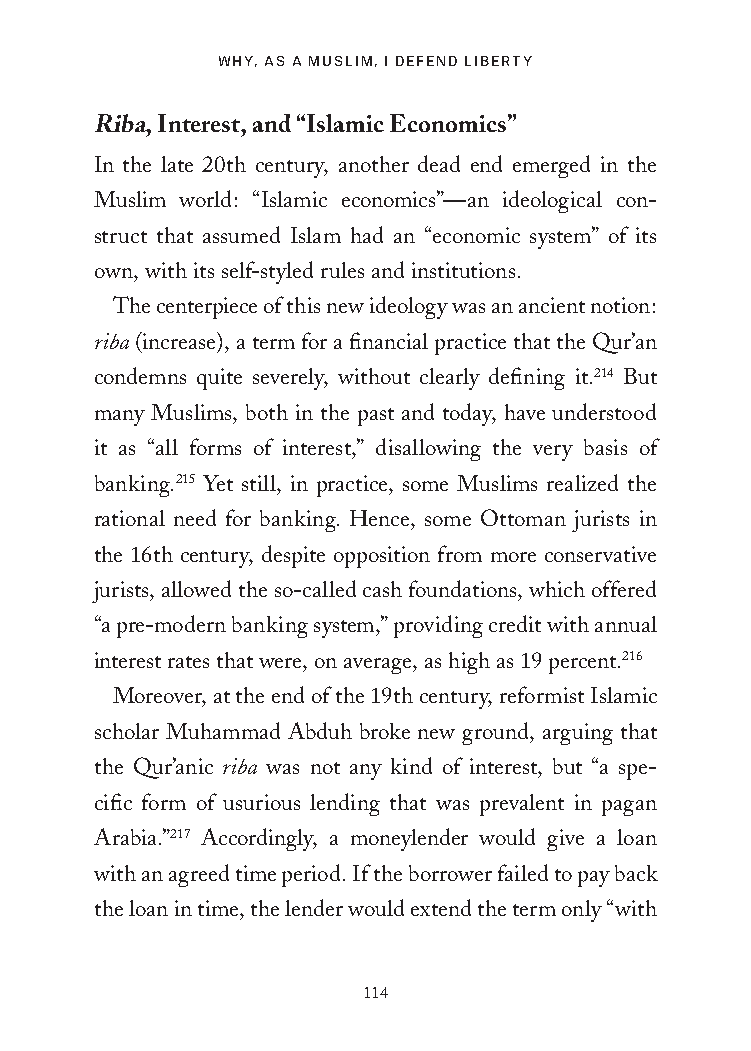
WHY, AS A MUSLIM, I DEFEND LIBERTY
 Riba, Interest, and “Islamic Economics”
 In the late 20th century, another dead end emerged in the
 Muslim world: “Islamic economics”—an ideological con-
 struct that assumed Islam had an “economic system” of its
 own, with its self-styled rules and institutions.
 The centerpiece of this new ideology was an ancient notion:
 riba (increase), a term for a financial practice that the Qur’an
 condemns quite severely, without clearly defining it.214 But
 many Muslims, both in the past and today, have understood
 it as “all forms of interest,” disallowing the very basis of
 banking.215 Yet still, in practice, some Muslims realized the
 rational need for banking. Hence, some Ottoman jurists in
 the 16th century, despite opposition from more conservative
 jurists, allowed the so-called cash foundations, which offered
 “a pre-modern banking system,” providing credit with annual
 interest rates that were, on average, as high as 19 percent.216
 Moreover, at the end of the 19th century, reformist Islamic
 scholar Muhammad Abduh broke new ground, arguing that
 the Qur’anic riba was not any kind of interest, but “a spe-
 cific form of usurious lending that was prevalent in pagan
 Arabia.”217 Accordingly, a moneylender would give a loan
 with an agreed time period. If the borrower failed to pay back
 the loan in time, the lender would extend the term only “with
 114
 25320_Ch07.indd 114                     24/06/2021 9:26 AM